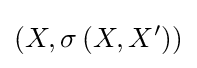
\left(X,\sigma \left(X,X^{\prime }\right)\right)